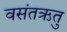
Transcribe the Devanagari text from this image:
वसंतऋतु